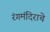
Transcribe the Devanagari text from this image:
रंगमंदिराचे